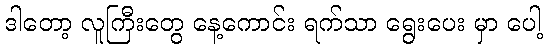
ဒါတော့ လူကြီးတွေ နေ့ကောင်း ရက်သာ ရွေးပေး မှာ ပေါ့